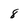
Character: 8